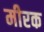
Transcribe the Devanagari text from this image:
मीरक